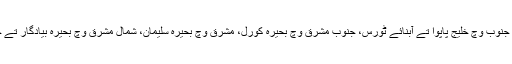
جزیرے دے شمال وچ بحر الکاہل، جنوب وچ خلیج پاپوا تے آبنائے ٹورس، جنوب مشرق وچ بحیرہ کورل، مشرق وچ بحیرہ سلیمان، شمال مشرق وچ بحیرہ بیادگار تے جنوب مغرب وچ بحیرہ آرافورا اے۔